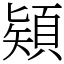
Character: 𩓙